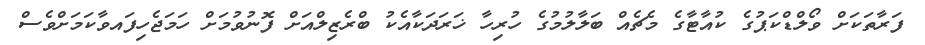
ފަރާތަކަށް ވޯލްޑްކަޕުގެ ކުއާޓާގެ މެޗެއް ބަލާލުމުގެ ހުރިހާ ޚަރަދަކާއެކު ބްރެޒިލްއަށް ފޮނުވުމަށް ހަމަޖެހިފައވާކަމަށްވެސް